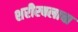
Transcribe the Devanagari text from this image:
शरीरबलाचा